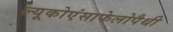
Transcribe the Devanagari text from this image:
ल्यूकोएंसाफेलोपैथी